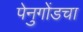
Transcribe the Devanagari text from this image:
पेनुगोंडचा